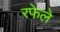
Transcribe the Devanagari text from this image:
रफेले